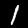
Label: 1